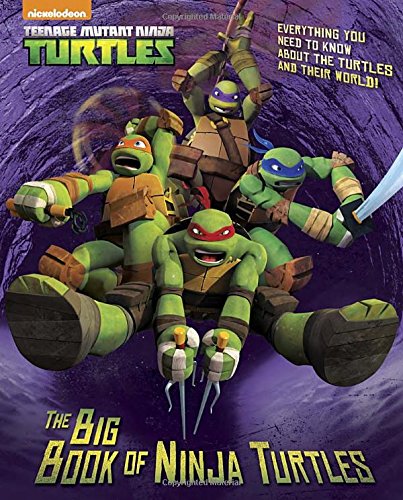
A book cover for The Big Book of Ninja Turtles (Teenage Mutant Ninja Turtles) (Big Golden Book); Golden Books; Children's Books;